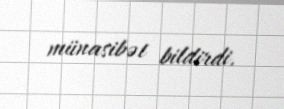
münasibət bildirdi.